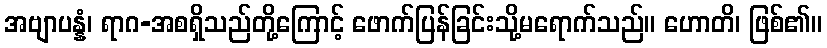
အဗျာပန္နံ၊ ရာဂ-အစရှိသည်တို့ကြောင့် ဖောက်ပြန်ခြင်းသို့မရောက်သည်။ ဟောတိ၊ ဖြစ်၏။